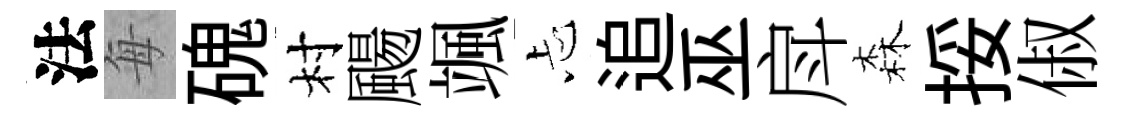
法每磈村颺颯忐追巫戽森挼俶